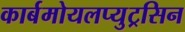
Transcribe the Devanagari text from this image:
कार्बमोयलप्युट्रसिन